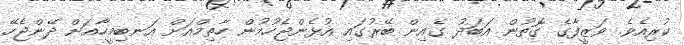
ކުރިއެވެ. ވަޒީފާގެ ގޮތުން އަބަދު ގެއިން ބޭރުގައި އުޅެންޖެހުމުން ހާތިމްއަށް އަނބިމީހާއަށް ދޭންޖެހޭ